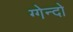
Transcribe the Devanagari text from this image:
ग्गेन्दो